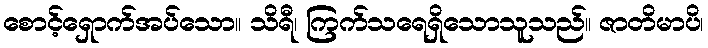
စောင့်ရှောက်အပ်သော။ သိရီ၊ ကြက်သရေရှိသောသူသည်။ ဇာတိမာပိ၊